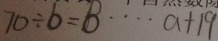
7 0 \div b = B \cdots a + 1 9